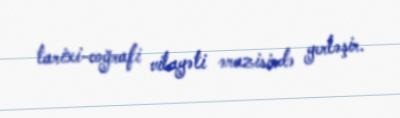
tarixi-coğrafi vilayəti ərazisində yerləşir.